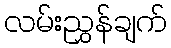
လမ်းညွှန်ချက်